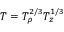
T = T _ { \rho } ^ { 2 / 3 } T _ { z } ^ { 1 / 3 }